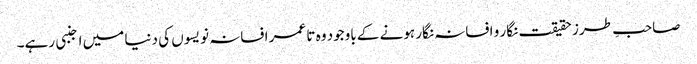
صاحبِ طرز حقیقت نگار و افسانہ نگار ہونے کے باوجود وہ تا عمر افسانہ نویسوں کی دنیا میں اجنبی رہے۔